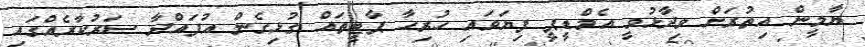
ޔާމީން އިތުރަށް ވިދާޅުވީ އެމްޑީޕީ ފިޔަވައި ހުރިހާ ޕާޓީތައް ގުޅިގެން އުފައްދާ ސަރުކާރެއްގައި